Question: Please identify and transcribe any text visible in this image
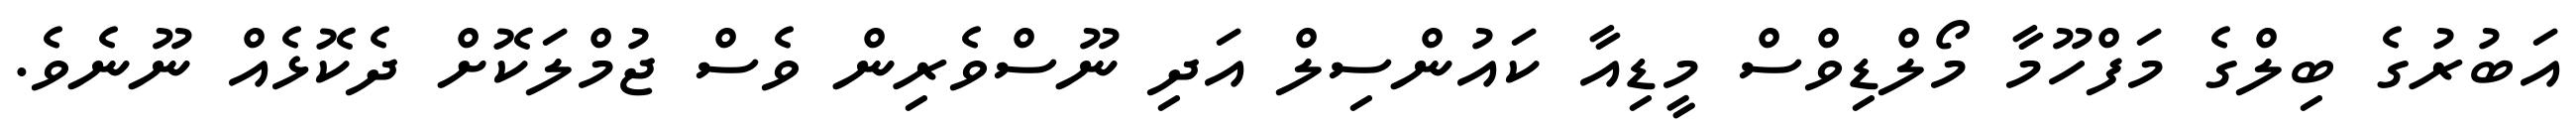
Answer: އަބުރުގެ ބިލްގެ މަފްހޫމާ މޯލްޑިވްސް މީޑިއާ ކައުންސިލް އަދި ނޫސްވެރިން ވެސް ޖުމްލަކޮށް ދެކޮޅެއް ނޫނެވެ.